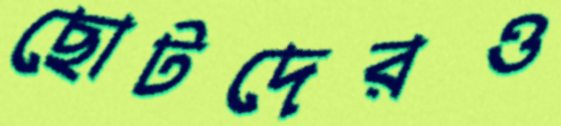
ছোটদেরও